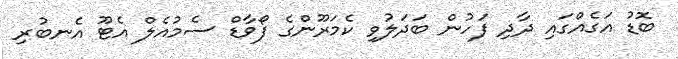
ބޮޑު އަގެއްގައި ދާދި ފަހުން ބަދަލުވި ކެމަރޫންގެ ފޯވާޑް ސެމުއެލް އެޓޫ އެނބުރި